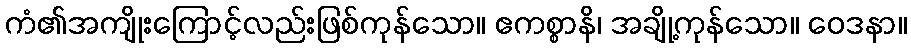
ကံ၏အကျိုးကြောင့်လည်းဖြစ်ကုန်သော။ ဧကစ္စာနိ၊ အချို့ကုန်သော။ ဝေဒနာ။